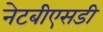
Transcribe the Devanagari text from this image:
नेटबीएसडी